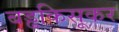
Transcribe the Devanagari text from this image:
बड्ढकिसूकर